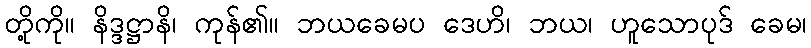
တို့ကို။ နိဒ္ဒဋ္ဌာနိ၊ ကုန်၏။ ဘယခေမပ ဒေဟိ၊ ဘယ၊ ဟူသောပုဒ် ခေမ၊